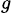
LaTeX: ^g